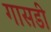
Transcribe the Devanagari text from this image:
गासडी